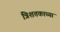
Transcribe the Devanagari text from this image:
त्रिशतकाच्या